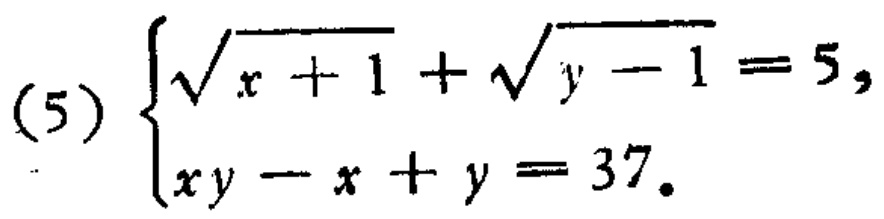
(5) $\begin{cases}
\sqrt{x + 1}+\sqrt{y - 1}=5,\\
xy - x + y = 37.
\end{cases}$